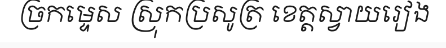
ច្រកម្ទេស ស្រុកប្រសូត្រ ខេត្តស្វាយរៀង